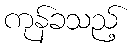
ကုန်ခသည့်